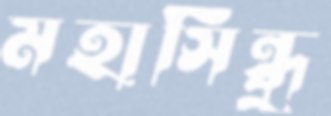
মহাসিন্ধু